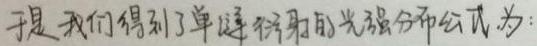
于是我们得到了单缝衍射的光强分布公式为: